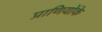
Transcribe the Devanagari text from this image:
प्राणियोंके